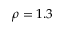
\rho = 1 . 3